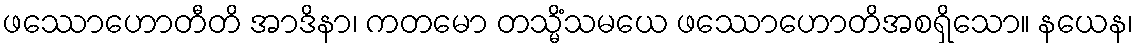
ဖဿောဟောတီတိ အာဒိနာ၊ ကတမော တသ္မိံသမယေ ဖဿောဟောတိအစရှိသော။ နယေန၊